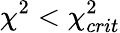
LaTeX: \chi^{2}<\chi_{crit}^{2}